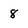
Character: 8